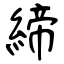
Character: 締